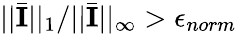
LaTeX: ||\bar{\mathbf{I}}||_{1}/||\bar{\mathbf{I}}||_{\infty}>\epsilon_{norm}